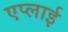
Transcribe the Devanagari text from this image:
एप्लाई